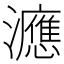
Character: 㶐